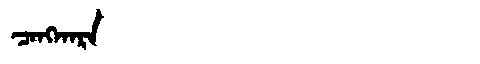
Manchu: ᠴᠠᠩᡴᠠᡵᠠ
Romanization: CANGKARA